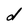
Character: d